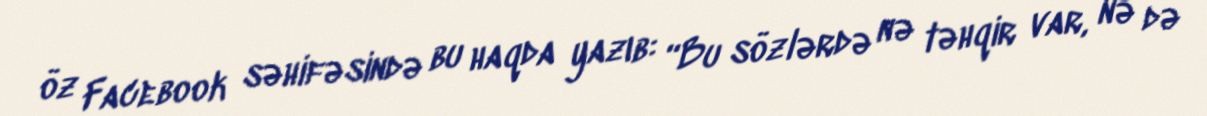
öz Facebook səhifəsində bu haqda yazıb: “Bu sözlərdə nə təhqir var, nə də